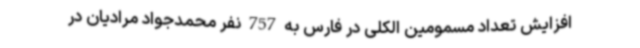
افزایش تعداد مسمومین الکلی در فارس به 757 نفر محمدجواد مرادیان در